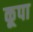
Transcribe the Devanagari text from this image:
कूपा